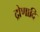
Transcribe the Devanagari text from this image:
द्रोणादि